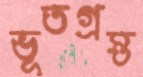
ভূতগ্রস্ত